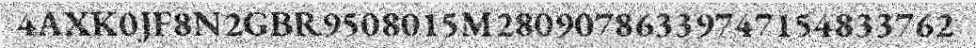
4AXK0JF8N2GBR9508015M28090786339747154833762